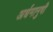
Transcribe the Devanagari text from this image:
अर्धमानुषी